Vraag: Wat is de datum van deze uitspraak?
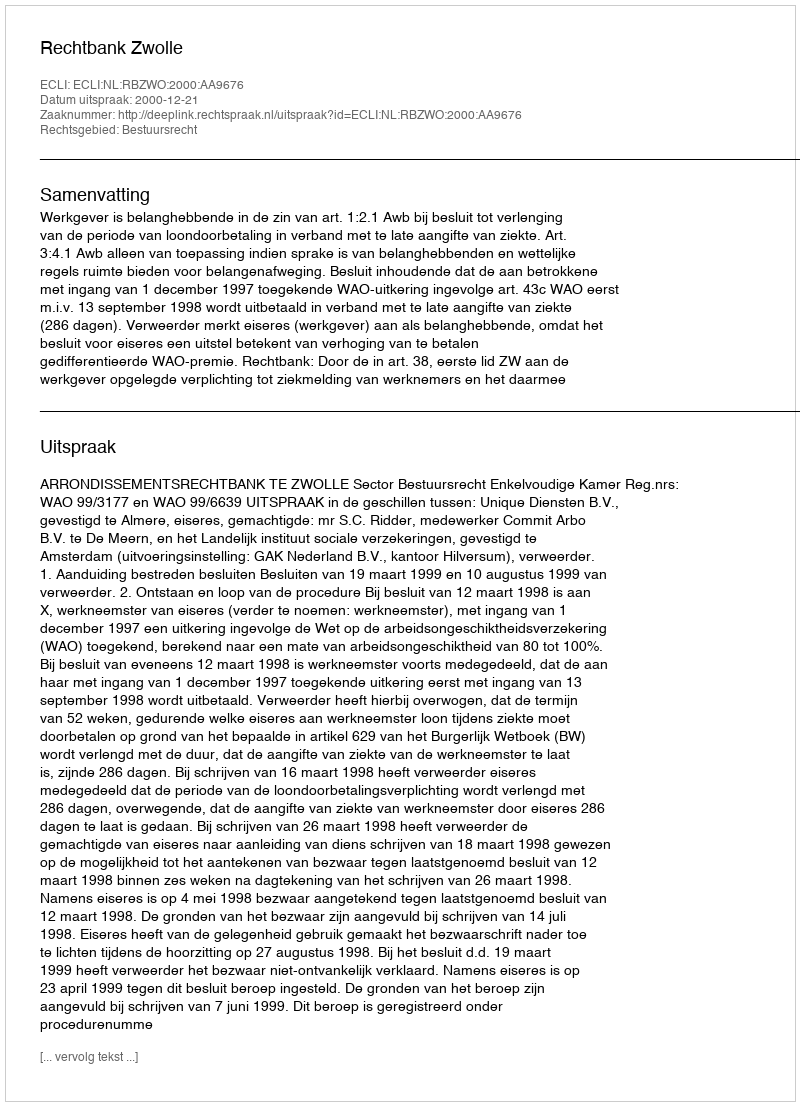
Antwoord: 2000-12-21